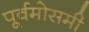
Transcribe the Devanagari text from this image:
पूर्वमोसमी